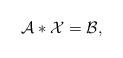
LaTeX: \begin{align*} \mathcal{A}*\mathcal{X}=\mathcal{B},\end{align*}